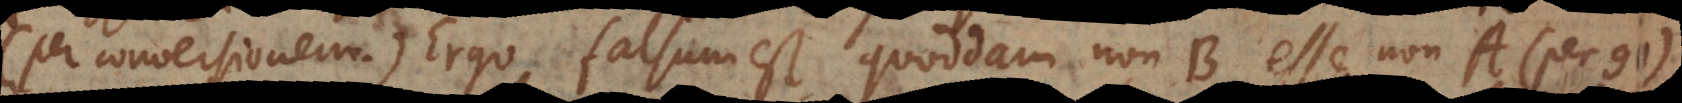
(per conversionem). Ergo falsum est quoddam non‐B esse non‐A (per 91).